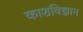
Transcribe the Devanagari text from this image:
काशविज्ञान